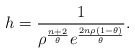
\begin{align*}h=\frac{1}{\rho^{\frac{n+2}{\theta}}e^{\frac{2n\rho(1-\theta)}{\theta}}}.\end{align*}